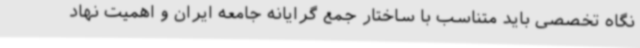
نگاه تخصصی باید متناسب با ساختار جمع گرایانه جامعه ایران و اهمیت نهاد